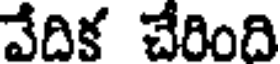
వేదిక చేరింది